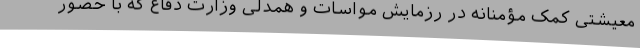
معیشتی کمک مؤمنانه در رزمایش مواسات و همدلی وزارت دفاع که با حضور